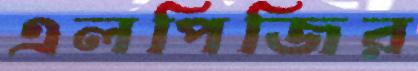
এলপিজির